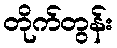
တိုက်တွန်း